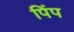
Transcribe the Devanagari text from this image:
पिंप